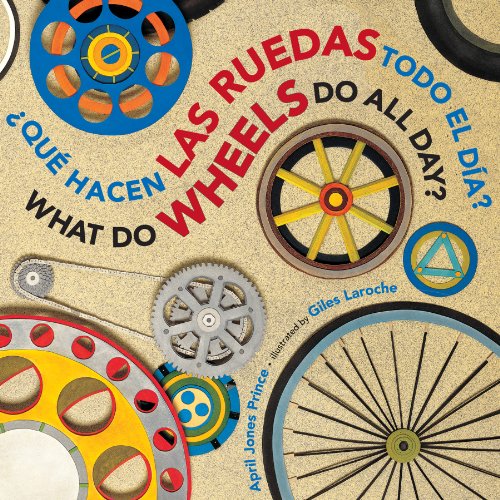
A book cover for Â¿QuÃ© hacen las ruedas todo el dÃ­a?/What Do Wheels Do All Day? bilingual board book (Spanish and English Edition); April Jones Prince; Children's Books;